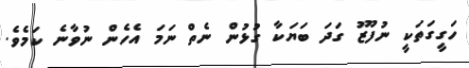
ހަގީގަތަކީ ނުފޫޒު ގަދަ ބަޔަކާ ގުޅުން ނެތް ނަމަ އެހެން ނުވާނެ ކަމެވެ.